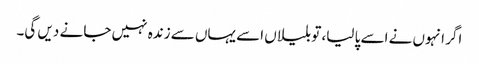
اگر انہوں نے اسے پا لیا، تو بلیاں اسے یہاں سے زندہ نہیں جا نے دیں گی۔